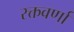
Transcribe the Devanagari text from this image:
रक्तवर्णां